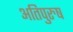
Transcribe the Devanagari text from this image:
अतिपुरुष